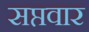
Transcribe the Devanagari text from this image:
सप्तवार